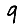
Digit: 9